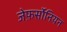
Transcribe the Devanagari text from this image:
जेफ़र्सोनियन